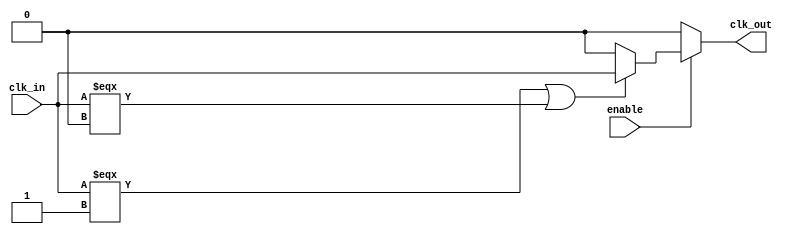
module clock_buffer (
    input wire clk_in,        // Input clock signal
    input wire enable,        // Enable signal for power management
    output wire clk_out       // Buffered clock output
);

// Internal signals
wire clk_buf;               // Buffered clock signal

// Input stage: Simple protection (not exhaustive)
wire clk_in_protected;
assign clk_in_protected = (clk_in === 1'b1 || clk_in === 1'b0) ? clk_in : 1'b0; // Basic protection

// Amplification stage: Series of inverters (or buffers)
wire clk_inv1, clk_inv2;

// First inverter
assign clk_inv1 = ~clk_in_protected;

// Second inverter
assign clk_inv2 = ~clk_inv1;

// Output stage: Final buffered output
assign clk_buf = clk_inv2;

// Enable/Disable functionality
assign clk_out = enable ? clk_buf : 1'b0; // Output is 0 when disabled

endmodule